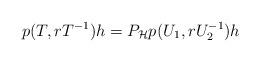
LaTeX: \begin{align*} p(T, rT^{-1})h=P_\mathcal{H}p(U_1, rU_2^{-1})h\end{align*}